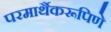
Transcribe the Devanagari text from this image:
परमार्थैकरूपिणे